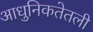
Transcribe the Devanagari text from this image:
आधुनिकतेतली